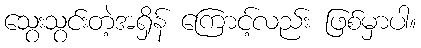
သွေးသွင်းတဲ့အရှိန် ကြောင့်လည်း ဖြစ်မှာပါ။